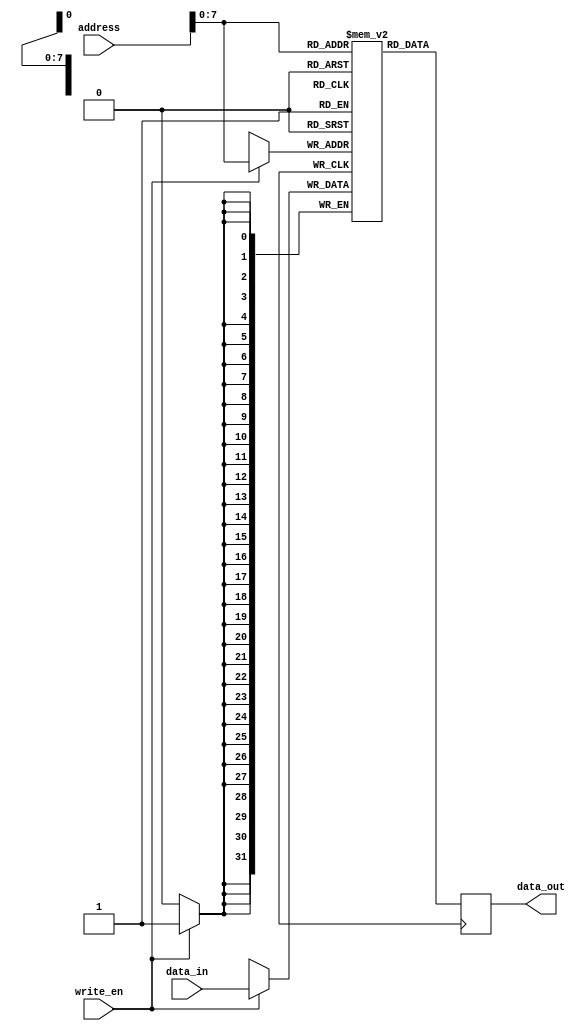
module memory_block (
    input wire [31:0] address,
    input wire [31:0] data_in,
    input wire write_en,
    output wire [31:0] data_out
);

reg [31:0] memory [0:255];

always @ (posedge clock) begin
    if (write_en) begin
        memory[address] <= data_in;
    end
    data_out <= memory[address];
end

endmodule